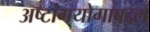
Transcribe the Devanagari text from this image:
अष्टांगयोगाबद्दल